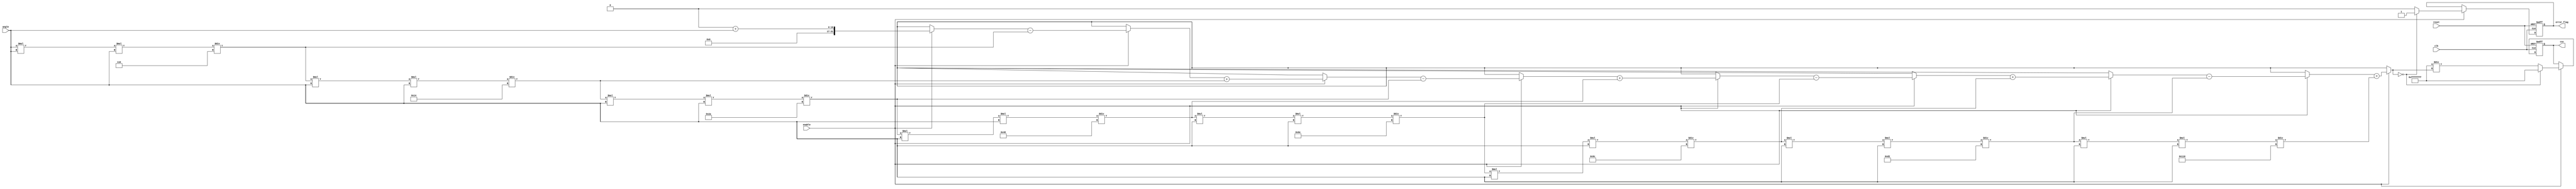
module csc_block (
    input wire clk,
    input wire reset,
    input wire enable,
    input wire [15:0] angle, // Input angle in radians (fixed-point representation)
    output reg [31:0] csc,   // Output cosecant value (fixed-point representation)
    output reg error_flag     // Error flag for division by zero
);

    // Internal signals
    reg [31:0] sin_value; // Sine value (fixed-point representation)
    reg [31:0] reciprocal; // Reciprocal of sine value

    // Sine approximation using Taylor series
    function [31:0] sine;
        input [15:0] x;
        reg [31:0] result;
        reg [31:0] term;
        integer i;
        begin
            result = 0;
            term = x; // First term is x
            for (i = 1; i < 10; i = i + 1) begin // 10 terms for approximation
                if (i % 2 == 1) begin
                    result = result + term; // Add odd terms
                end else begin
                    result = result - term; // Subtract even terms
                end
                term = (term * x * x) / ((2 * i) * (2 * i + 1)); // Calculate next term
            end
            sine = result; // Return sine value
        end
    endfunction

    // Main process
    always @(posedge clk or posedge reset) begin
        if (reset) begin
            csc <= 32'b0;
            error_flag <= 1'b0;
        end else if (enable) begin
            sin_value = sine(angle); // Compute sine of the angle

            // Check for division by zero
            if (sin_value == 32'b0) begin
                csc <= 32'hFFFFFFFF; // Output NaN or a special value for undefined
                error_flag <= 1'b1; // Set error flag
            end else begin
                reciprocal = 32'hFFFFFFFF / sin_value; // Compute reciprocal
                csc <= reciprocal; // Set cosecant output
                error_flag <= 1'b0; // Clear error flag
            end
        end
    end

endmodule